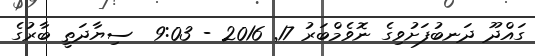
ގައްދޫ ދަނބުފަށުވިގެ ނޮވެމްބަރު 17